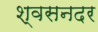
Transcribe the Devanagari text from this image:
श्वसनदर